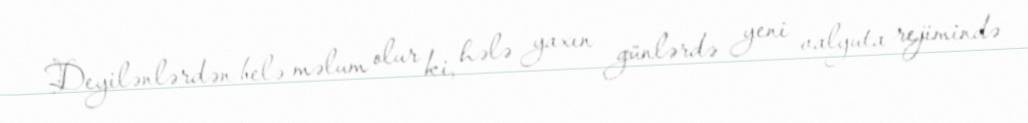
Deyilənlərdən belə məlum olur ki, hələ yaxın günlərdə yeni valyuta rejimində